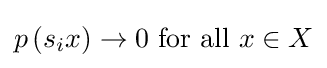
p\left(s_{i}x\right)\to 0{\text{ for all }}x\in X